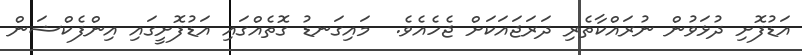
އަޑުފޮށި ދުޅަވުން ނުރައްކާތެރި ދަރަޖައަކަށް ޖެހެއެވެ.  މައިގަނޑު ގޮތެއްގައި އަޑުފޮށީގައި އިންފެކްޝަން